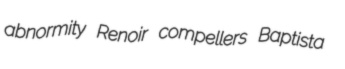
abnormity Renoir compellers Baptista